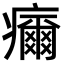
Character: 𤻞